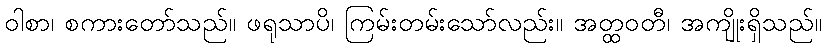
ဝါစာ၊ စကားတော်သည်။ ဖရုသာပိ၊ ကြမ်းတမ်းသော်လည်း။ အတ္ထဝတီ၊ အကျိုးရှိသည်။